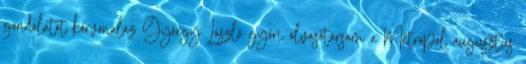
gondolatot körvonalaz György László győri olvasótársam a Metropol augusztus